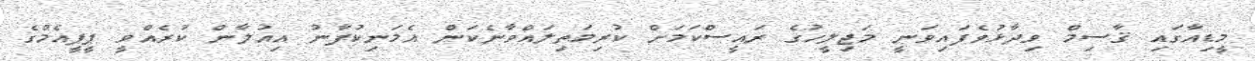
މީޑިއާގައި ޤާސިމް ވިދާޅުވެފައިވަނީ މަޖިލީހުގެ ރައީސްކަމަށް ކުރިމަތިލައްވާނެކަން އެމަނިކުފާނު އިއުލާން ކުރެއްވީ ޕީޕީއެމްގެ